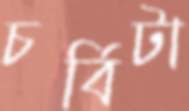
চর্বিটা